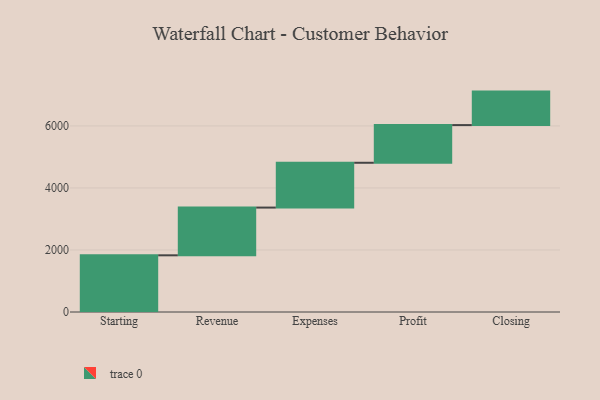
{"axis": {"x": "Step", "y": "Value"}, "legend": [""], "data": [{"x": "Starting", "y": 1828.0, "type": ""}, {"x": "Revenue", "y": 1539.0, "type": ""}, {"x": "Expenses", "y": 1445.0, "type": ""}, {"x": "Profit", "y": 1215.0, "type": ""}, {"x": "Closing", "y": 1080.0, "type": ""}]}